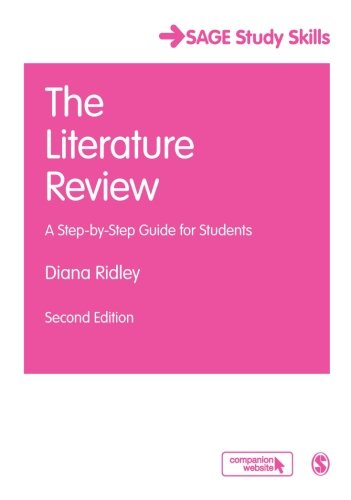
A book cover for The Literature Review: A Step-by-Step Guide for Students (SAGE Study Skills Series); Diana Ridley; Test Preparation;